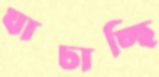
যাচাচ্ছি